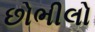
છોભીલો